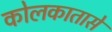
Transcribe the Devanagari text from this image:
कोलकातासे